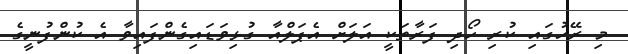
މި ރޭހުގައި ކުރި ހޯދި ފަރާތަކީ އަލަށް އެޕަލްއާ ގުޅިވަޑައިގެންފައިވާ އެ ކުންފުނީގެ